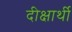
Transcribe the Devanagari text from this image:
दीक्षार्थी